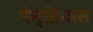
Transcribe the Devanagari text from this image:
पेन्क्रिअस